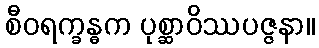
စီဝရက္ခန္ဓက ပုစ္ဆာဝိဿပဇ္ဇနာ။